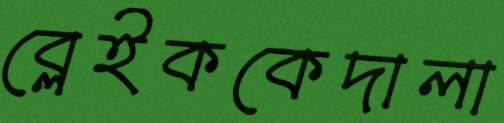
ব্লেইককেদালা